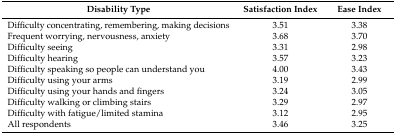
| Disability Type | Satisfaction Index | Ease Index |
 | --- | --- | --- |
 | Difficulty concentrating, remembering, making decisions | 3.51 | 3.38 |
 | Frequent worrying, nervousness, anxiety | 3.68 | 3.70 |
 | Difficulty seeing | 3.31 | 2.98 |
 | Difficulty hearing | 3.57 | 3.23 |
 | Difficulty speaking so people can understand you | 4.00 | 3.43 |
 | Difficulty using your arms | 3.19 | 2.99 |
 | Difficulty using your hands and fingers | 3.24 | 3.05 |
 | Difficulty walking or climbing stairs | 3.29 | 2.97 |
 | Difficulty with fatigue/limited stamina | 3.12 | 2.95 |
 | All respondents | 3.46 | 3.25 |